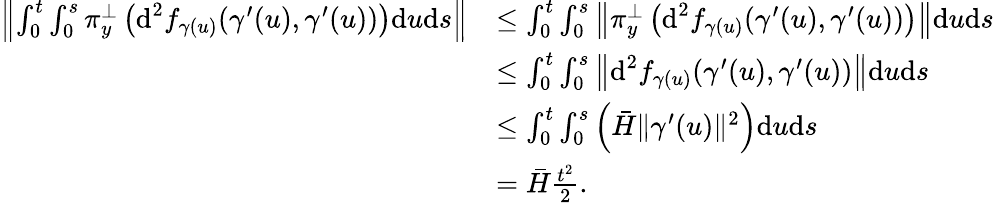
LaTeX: \begin{array}{rl}{\left\| \int_{0}^{t}\int_{0}^{s}\pi_{y}^{\perp}\left(\textrm{d}^{2}f_{\gamma(u)}(\gamma^{\prime}(u),\gamma^{\prime}(u))\right)\textrm{d}u\textrm{d}s\right\| }&{\leq\int_{0}^{t}\int_{0}^{s}\left\| \pi_{y}^{\perp}\left(\textrm{d}^{2}f_{\gamma(u)}(\gamma^{\prime}(u),\gamma^{\prime}(u))\right)\right\| \textrm{d}u\textrm{d}s}\\ &{\leq\int_{0}^{t}\int_{0}^{s}\left\| \textrm{d}^{2}f_{\gamma(u)}(\gamma^{\prime}(u),\gamma^{\prime}(u))\right\| \textrm{d}u\textrm{d}s}\\ &{\leq\int_{0}^{t}\int_{0}^{s}\left(\bar{H}\| \gamma^{\prime}(u)\| ^{2}\right)\textrm{d}u\textrm{d}s}\\ &{=\bar{H}\frac{t^{2}}{2}.}\end{array}